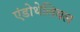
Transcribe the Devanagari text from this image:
एंडोथेलियल